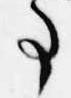
事